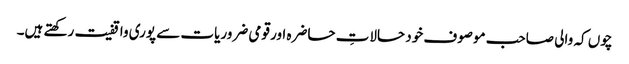
چوں کہ والی صاحب موصوف خود حالاتِ حاضرہ اور قومی ضروریات سے پوری واقفیت رکھتے ہیں۔